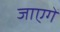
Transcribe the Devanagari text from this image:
जाएगेँ